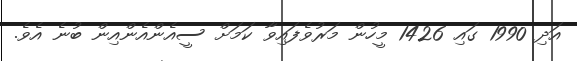
އަދި 1990 ގައި 1426 މީހުން މަރުވެފައިވާ ކަަމަށް ސީއެންއެންއިން ބުނެ އެވެ.